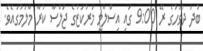
ބުދަ ދުވަހުގެ ރޭ 9:00 ގައި އިސްލާމީ މަރުކަޒުގެ ޖަލްސާ ކުރާ މާލަމުގައެވެ.